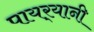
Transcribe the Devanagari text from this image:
पायर्‍यानी